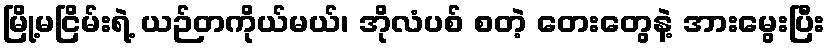
မြို့မငြိမ်းရဲ့ ယဉ်တကိုယ်မယ်၊ အိုလံပစ် စတဲ့ တေးတွေနဲ့ အားမွေးပြီး